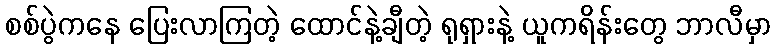
စစ်ပွဲကနေ ပြေးလာကြတဲ့ ထောင်နဲ့ချီတဲ့ ရုရှားနဲ့ ယူကရိန်းတွေ ဘာလီမှာ